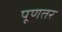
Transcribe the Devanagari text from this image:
पूणतर